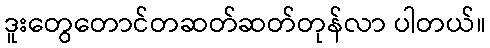
ဒူးတွေတောင်တဆတ်ဆတ်တုန်လာ ပါတယ်။